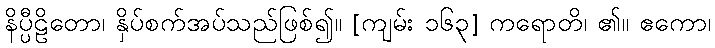
နိပ္ပီဠိတော၊ နှိပ်စက်အပ်သည်ဖြစ်၍။ [ကျမ်း ၁၆၃] ကရောတိ၊ ၏။ ဧကော၊